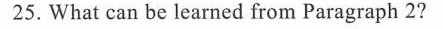
25.What can be learned from Paragraph 2?